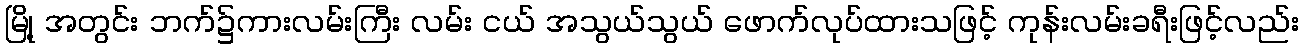
မြို့ အတွင်း ဘက်၌ကားလမ်းကြီး လမ်း ငယ် အသွယ်သွယ် ဖောက်လုပ်ထားသဖြင့် ကုန်းလမ်းခရီးဖြင့်လည်း